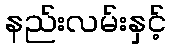
နည်းလမ်းနှင့်